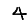
Digit: 4